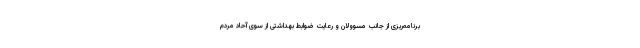
برنامه‌ریزی از جانب مسوولان و رعایت ضوابط بهداشتی از سوی آحاد مردم